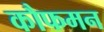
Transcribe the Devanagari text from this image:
कौफमन